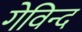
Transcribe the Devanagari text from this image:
गेविन्द